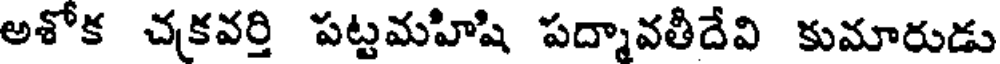
అశోక చకవర్తి పట్టమహిషి పద్మావతీదేవి కుమారుడు